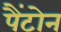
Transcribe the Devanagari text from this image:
पैंटोन